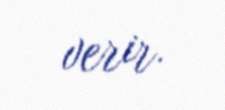
verir.